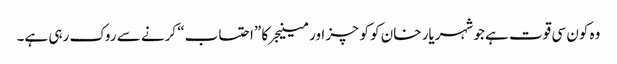
وہ کون سی قوت ہے جو شہریار خان کو کوچز اور مینیجر کا ”احتساب“ کرنے سے روک رہی ہے۔